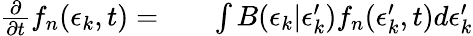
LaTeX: \begin{array}{rlr}{\frac{\partial}{\partial t}f_{n}(\epsilon_{k},t)=}&{{}}&{\int B(\epsilon_{k}|\epsilon_{k}^{\prime})f_{n}(\epsilon_{k}^{\prime},t)d\epsilon_{k}^{\prime}}\end{array}